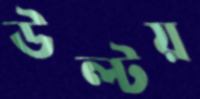
উল্‌টয়